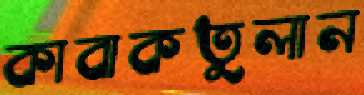
কাবাকতুলান